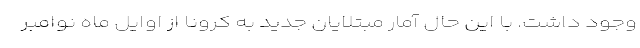
وجود داشت. با این حال آمار مبتلایان جدید به کرونا از اوایل ماه نوامبر